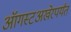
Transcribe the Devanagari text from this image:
ऑगस्टअखेरपर्यंत